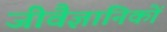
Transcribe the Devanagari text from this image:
जीवैज्ञानिकों